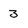
Character: 3